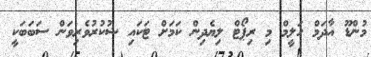
މުންޑޫ އާދަމް ހަލީމް މި ރިޕޯޓް ލިޔެދިން ކަމަށް ޓަކައި ޝުކުރުވެރިވަން ސަބަބަކީ